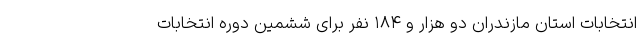
انتخابات استان مازندران دو هزار و ۱۸۴ نفر برای ششمین دوره انتخابات